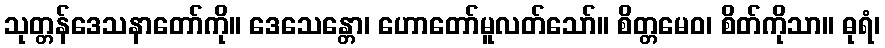
သုတ္တန်ဒေသနာတော်ကို။ ဒေသေန္တော၊ ဟောတော်မူလတ်သော်။ စိတ္တမေဝ၊ စိတ်ကိုသာ။ ဓုရံ၊